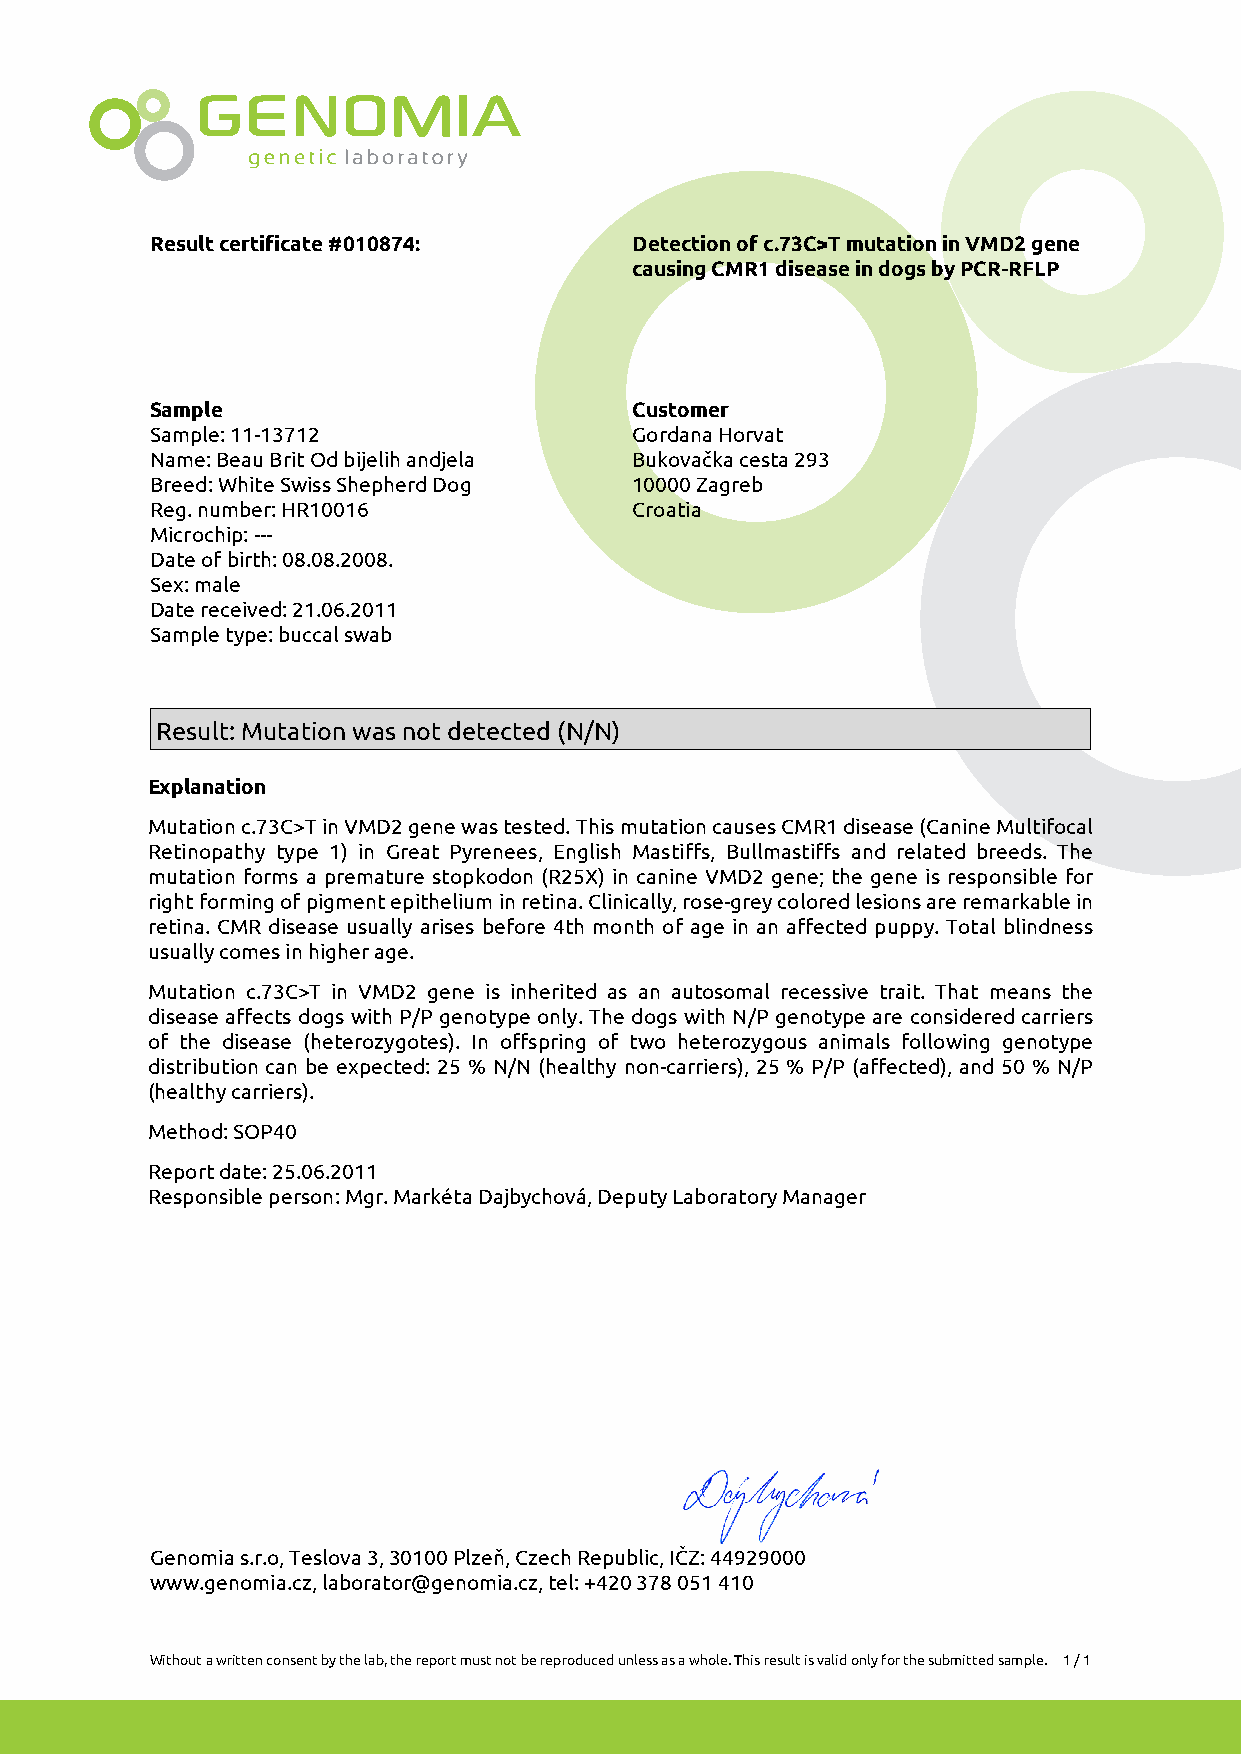
Result certificate #010874:     Detection of c.73C>T mutation in VMD2 gene
 causing CMR1 disease in dogs by PCR-RFLP
 Sample                          Customer
 Sample: 11-13712                Gordana Horvat
 Name: Beau Brit Od bijelih andjela Bukovačka cesta 293
 Breed: White Swiss Shepherd Dog 10000 Zagreb
 Reg. number: HR10016            Croatia
 Microchip: ---
 Date of birth: 08.08.2008.
 Sex: male
 Date received: 21.06.2011
 Sample type: buccal swab
 Result: Mutation was not detected (N/N)
 Explanation
 Mutation c.73C>T in VMD2 gene was tested. This mutation causes CMR1 disease (Canine Multifocal
 Retinopathy type 1) in Great Pyrenees, English Mastiffs, Bullmastiffs and related breeds. The
 mutation forms a premature stopkodon (R25X) in canine VMD2 gene; the gene is responsible for
 right forming of pigment epithelium in retina. Clinically, rose-grey colored lesions are remarkable in
 retina. CMR disease usually arises before 4th month of age in an affected puppy. Total blindness
 usually comes in higher age.
 Mutation c.73C>T in VMD2 gene is inherited as an autosomal recessive trait. That means the
 disease affects dogs with P/P genotype only. The dogs with N/P genotype are considered carriers
 of the disease (heterozygotes). In offspring of two heterozygous animals following genotype
 distribution can be expected: 25 % N/N (healthy non-carriers), 25 % P/P (affected), and 50 % N/P
 (healthy carriers).
 Method: SOP40
 Report date: 25.06.2011
 Responsible person: Mgr. Markéta Dajbychová, Deputy Laboratory Manager
 Genomia s.r.o, Teslova 3, 30100 Plzeň, Czech Republic, IČZ: 44929000
 www.genomia.cz, laborator@genomia.cz, tel: +420 378 051 410
 Without a written consent by the lab, the report must not be reproduced unless as a whole. This result is valid only for the submitted sample. 1 / 1